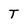
Character: T